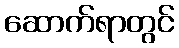
ဆောက်ရာတွင်